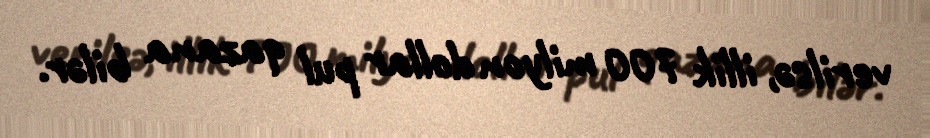
verilsə, illik 700 milyon dollar pul qazana bilər.